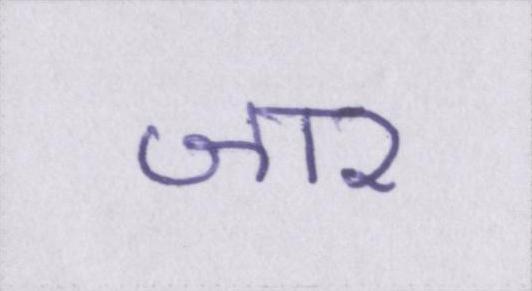
जार